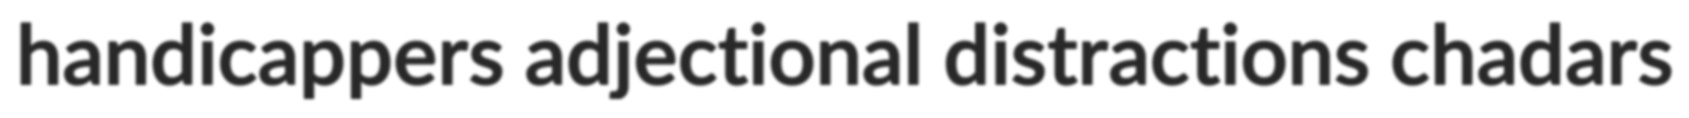
handicappers adjectional distractions chadars